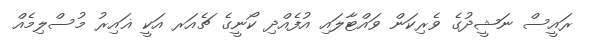
ރައީސް ނަޝީދުގެ ވެރިކަން ވައްޓާލައި އުފެއްދި ކޯނީގެ ޗެއަރ އަކީ ޣައިރު މުސްލިމެއް